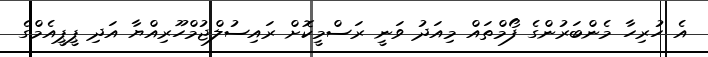
އެ ހުރިހާ މެންބަރުންގެ ފޯމްތައް މިއަދު ވަނީ ރަސްމީކޮށް ރައިސުލްޖުމްހޫރިއްޔާ އަދި ޕީޕީއެމްގެ